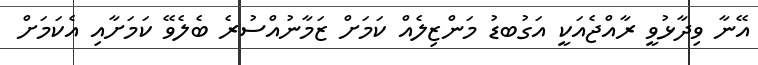
އޭނާ ވިދާޅުވީ ރާއްޖެއަކީ އަގުބޑު މަންޒިލެއް ކަމަށް ޒަމާނުއްސުރެ ބެލެވޭ ކަމަށާއި އެކަމަށް